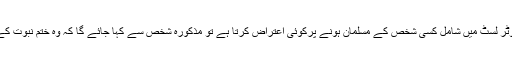
سیکشن 7C کہتا ہے کہ اگر ووٹر لسٹ میں شامل کسی شخص کے مسلمان ہونے پرکوئی اعتراض کرتا ہے تو مذکورہ شخص سے کہا جائے گا کہ وہ ختم نبوت کے حلف نامے پر دستخط کردے۔